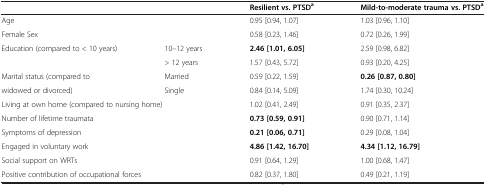
<table><thead><tr><td><b> </b></td><td><b> </b></td><td><b>Resilient vs. PTSD<sup>a</sup></b></td><td><b>Mild-to-moderate trauma vs. PTSD<sup>a</sup></b></td></tr></thead><tbody><tr><td>Age</td><td> </td><td>0.95 [0.94, 1.07]</td><td>1.03 [0.96, 1.10]</td></tr><tr><td>Female Sex</td><td> </td><td>0.58 [0.23, 1.46]</td><td>0.72 [0.26, 1.99]</td></tr><tr><td>Education (compared to &lt; 10 years)</td><td>10–12 years</td><td><b>2.46 [1.01, 6.05]</b></td><td>2.59 [0.98, 6.82]</td></tr><tr><td> </td><td>&gt; 12 years</td><td>1.57 [0.43, 5.72]</td><td>0.93 [0.20, 4.25]</td></tr><tr><td>Marital status (compared to</td><td>Married</td><td>0.59 [0.22, 1.59]</td><td><b>0.26 [0.87, 0.80]</b></td></tr><tr><td>widowed or divorced)</td><td>Single</td><td>0.84 [0.14, 5.09]</td><td>1.74 [0.30, 10.24]</td></tr><tr><td colspan="2">Living at own home (compared to nursing home)</td><td>1.02 [0.41, 2.49]</td><td>0.91 [0.35, 2.37]</td></tr><tr><td>Number of lifetime traumata</td><td> </td><td><b>0.73 [0.59, 0.91]</b></td><td>0.90 [0.71, 1.14]</td></tr><tr><td>Symptoms of depression</td><td> </td><td><b>0.21 [0.06, 0.71]</b></td><td>0.29 [0.08, 1.04]</td></tr><tr><td>Engaged in voluntary work</td><td> </td><td><b>4.86 [1.42, 16.70]</b></td><td><b>4.34 [1.12, 16.79]</b></td></tr><tr><td>Social support on WRTs</td><td> </td><td>0.91 [0.64, 1.29]</td><td>1.00 [0.68, 1.47]</td></tr><tr><td colspan="2">Positive contribution of occupational forces</td><td>0.82 [0.37, 1.80]</td><td>0.49 [0.21, 1.19]</td></tr></tbody></table>